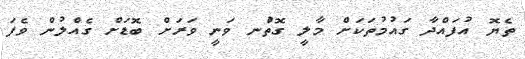
ތެޔޮ އުފައްދާ ގައުމުތަކަށް މާލީ ގޮތުްނ ވަނީ ވަރަށް ބޮޑަށް ގެއްލުން ވެފަ